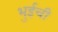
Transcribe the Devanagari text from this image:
भुईची